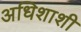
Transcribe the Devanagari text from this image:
अधिशाशी